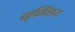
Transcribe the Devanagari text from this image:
नृसिंहाय